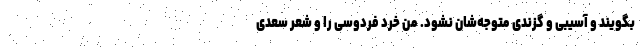
بگویند و آسیبی و گزندی متوجه‌شان نشود. من خرد فردوسی را و شعر سعدی